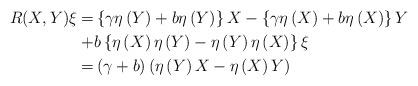
LaTeX: \begin{align*}R(X, Y)\xi =& \left\{\gamma \eta \left(Y\right)+b\eta \left(Y\right)\right\}X-\left\{\gamma \eta \left(X\right)+b\eta \left(X\right)\right\}Y\\+&b\left\{\eta \left(X\right)\eta \left(Y\right)-\eta \left(Y\right)\eta \left(X\right)\right\}\xi \\ =& \left(\gamma +b\right)\left(\eta \left(Y\right)X-\eta \left(X\right)Y\right)\end{align*}